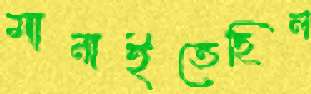
মানাইতেছিল